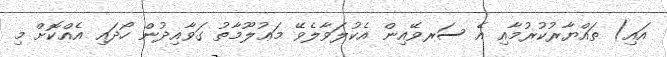
އައި) ތައްޔާރުކުރުމާއި އެ ސަރވޭއިން އެކުލަވާލެވޭ މަޢުލޫމާތު ގަވާއިދުން ހޯދައި އެއްކޮށް މި